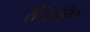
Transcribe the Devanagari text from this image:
रेंटिओनिक